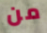
من